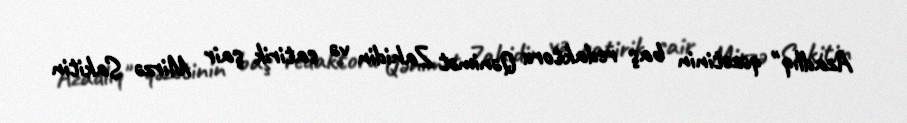
Azadlıq" qəzetinin baş redaktoru Qənimət Zahidin və satirik şair Mirzə Sakitin